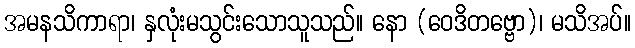
အမနသိကာရာ၊ နှလုံးမသွင်းသောသူသည်။ နော (ဝေဒိတဗ္ဗော)၊ မသိအပ်။